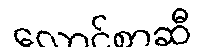
လောင်စာဆီ